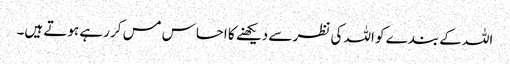
اللہ کے بندے کو اللہ کی نظر سے دیکھنے کا احساس مس کر رہے ہوتے ہیں۔